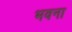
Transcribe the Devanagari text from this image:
भवना